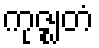
ကုဇ္ဈတံ